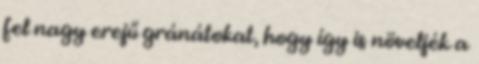
fel nagy erejű gránátokat, hogy így is növeljék a